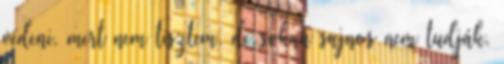
védeni, mert nem tisztem, de sokan sajnos nem tudják,